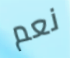
نعم